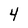
Character: 4